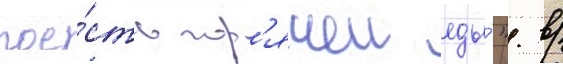
пое́сть гор'ячеи еды́". в